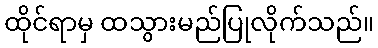
ထိုင်ရာမှ ထသွားမည်ပြုလိုက်သည်။